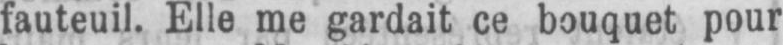
fauteuil. Elle me gardait ce bouquet pour